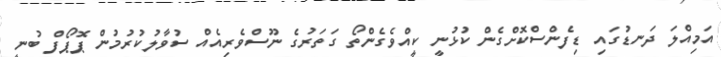
އަމިއްލަ ދަނޑުގައި ޑިފެންސްކޮށްގެން ކުޅުނީ ކީއްވެެގެންތޯ ގަތަރުގެ ނޫސްވެރިއެއް ސުވާލުކުރުމުން ޕޮޕޯފް ބުނީ